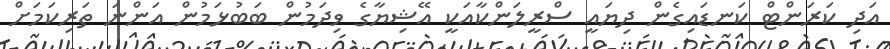
އަދި ކަރަންޓް ކަނޑައިގެން ދިޔައީ ސްރީލަންކާއަކީ އޭޝިޔާގެ ވިދަމުން ބަބުޅަމުން އަންނަ ތަރިކަމަށް